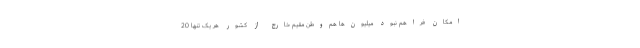
امکان فراهم نبود میلیون‌ها هم‌وطن مقیم خارج از کشور هر یک تنها 20